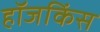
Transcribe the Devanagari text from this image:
हॉजकिंस